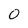
Character: O